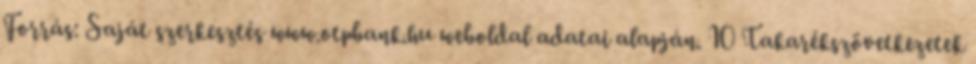
Forrás: Saját szerkesztés www.otpbank.hu weboldal adatai alapján. 10 Takarékszövetkezetek